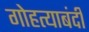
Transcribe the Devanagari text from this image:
गोहत्याबंदी